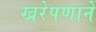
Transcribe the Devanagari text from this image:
खरेपणाने